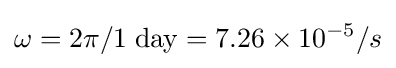
\omega =2\pi /1\;{\rm {day}}=7.26\times 10^{-5}/s